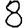
Digit: 8